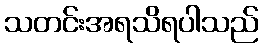
သတင်းအရသိရပါသည်